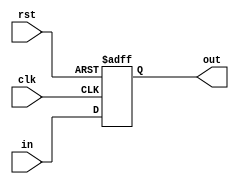
module PipeReg(out, in, clk, rst); // synopsys template
   parameter width = 32, init = 0;
   output [0:width-1] out;
   reg [0:width-1]    out;
   input [0:width-1]  in;
   input 	      clk, rst;

   always @ (posedge clk or negedge rst)
     if (~rst)
       out <= init;
     else
       out <= in;
   
endmodule // PipeReg

module PipeCtlReg(out, in, ctl, clk, rst); // synopsys template
   parameter width = 32, init = 0;
   output [0:width-1] out;
   reg [0:width-1]    out;
   input [0:width-1]  in;
   input [0:1] 	      ctl;
   input 	      clk, rst;

   always @ (posedge clk or negedge rst)
     if (~rst)
       out <= init;
     else begin
        if (ctl == 2'b00)
	        out <= in;
        else if (ctl == 2'b11)
	        out <= init;
     end
endmodule // PipeCtlReg